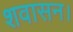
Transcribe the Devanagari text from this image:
शवासन।